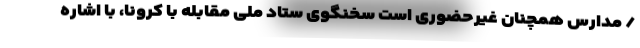
/ مدارس همچنان غیرحضوری است سخنگوی ستاد ملی مقابله با کرونا، با اشاره